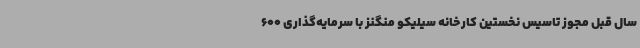
سال قبل مجوز تاسیس نخستین کارخانه سیلیکو منگنز با سرمایه‌گذاری 600